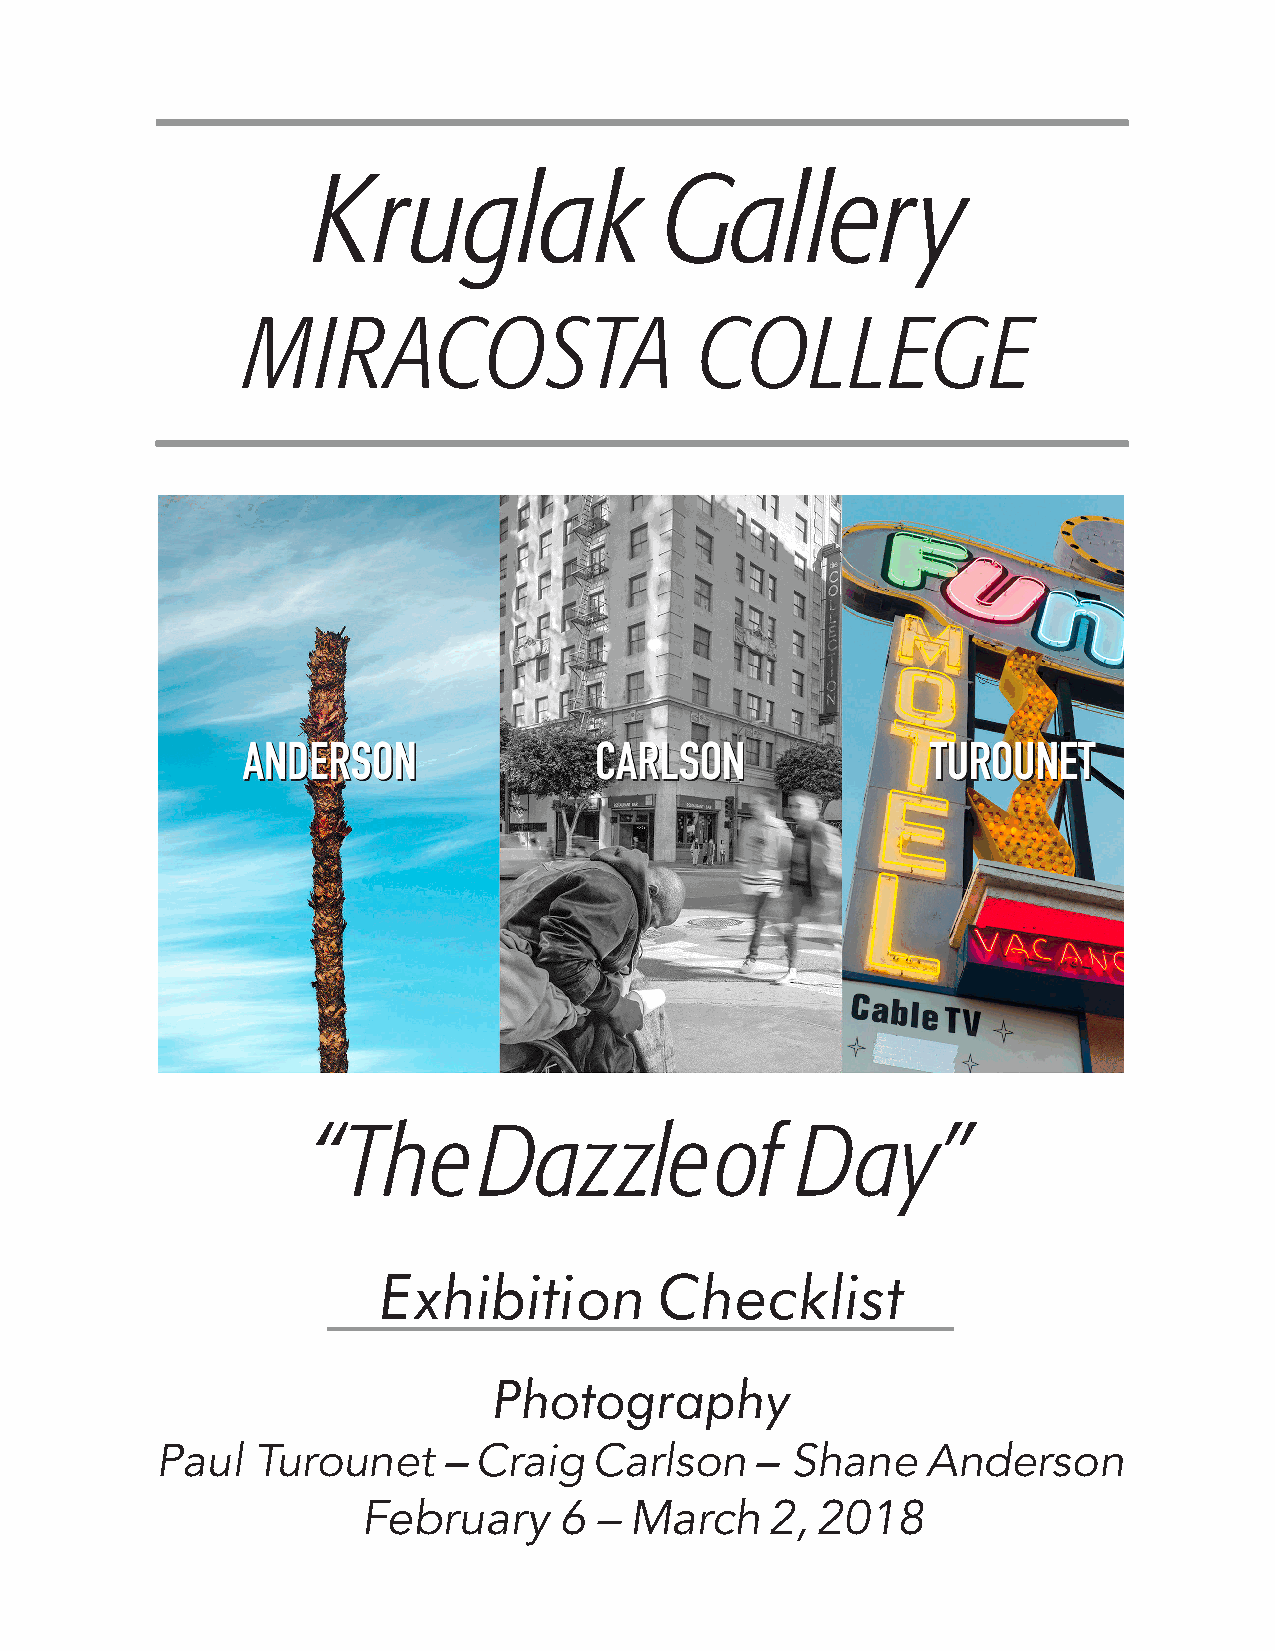
Kruglak                Gallery
 MIRACOSTA                     COLLEGE
 “The       Dazzle         of    Day”
 Exhibition         Checklist
 Photography
 P aul  Turounet    – Craig   Carlson    – Shane    Anderson
 February     6  – March    2, 2018